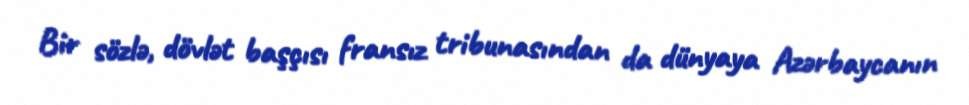
Bir sözlə, dövlət başçısı fransız tribunasından da dünyaya Azərbaycanın